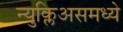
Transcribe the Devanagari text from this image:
न्युक्लिअसमध्ये